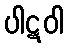
ပါဋဝါ